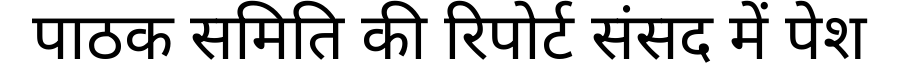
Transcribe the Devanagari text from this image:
पाठक समिति की रिपोर्ट संसद में पेश